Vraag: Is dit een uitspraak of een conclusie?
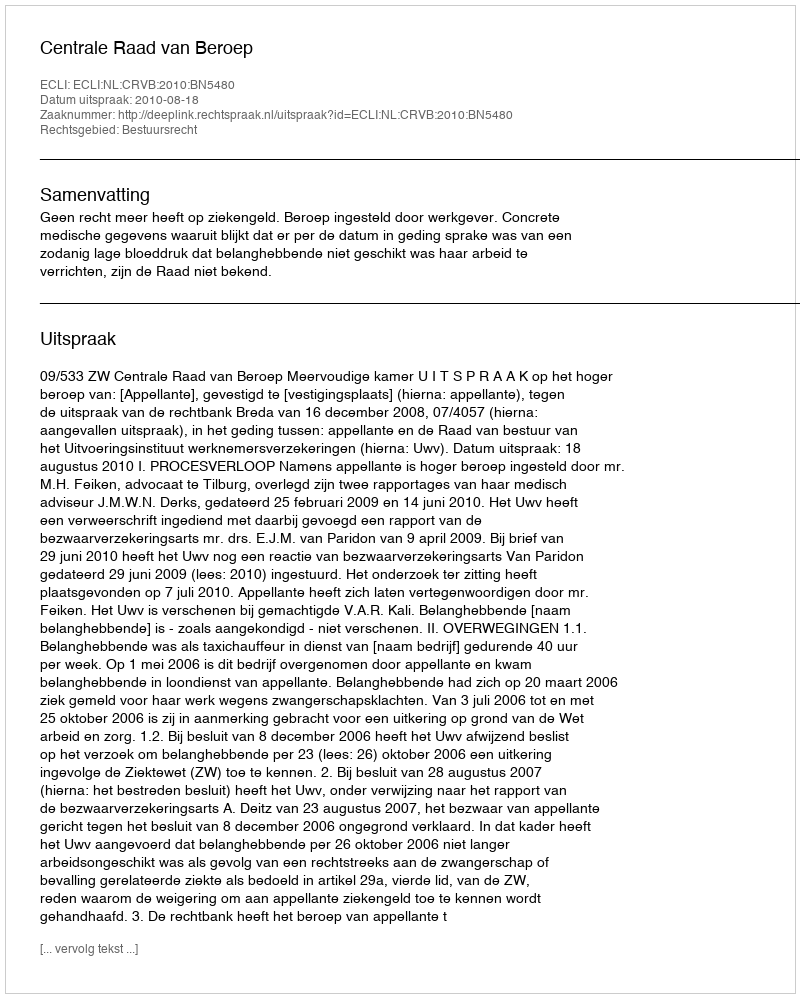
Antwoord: Uitspraak